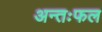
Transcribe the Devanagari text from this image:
अन्तःफल